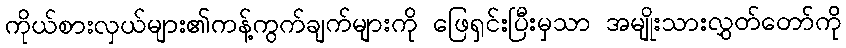
ကိုယ်စားလှယ်များ၏ကန့်ကွက်ချက်များကို ဖြေရှင်းပြီးမှသာ အမျိုးသားလွှတ်တော်ကို